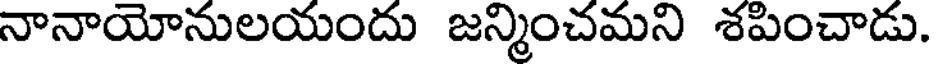
నానాయోనులయందు జన్మించమని శపించాడు.